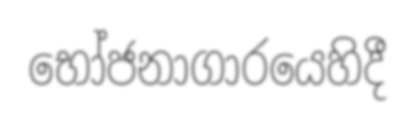
භෝජනාගාරයෙහිදී